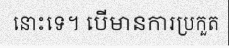
នោះទេ។ បើមានការប្រកួត